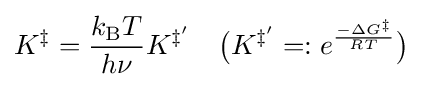
K^{\ddagger }={\frac {k_{\text{B}}T}{h\nu }}K^{\ddagger '}\quad {\big (}K^{\ddagger '}=:e^{\frac {-\Delta G^{\ddagger }}{RT}}{\big )}